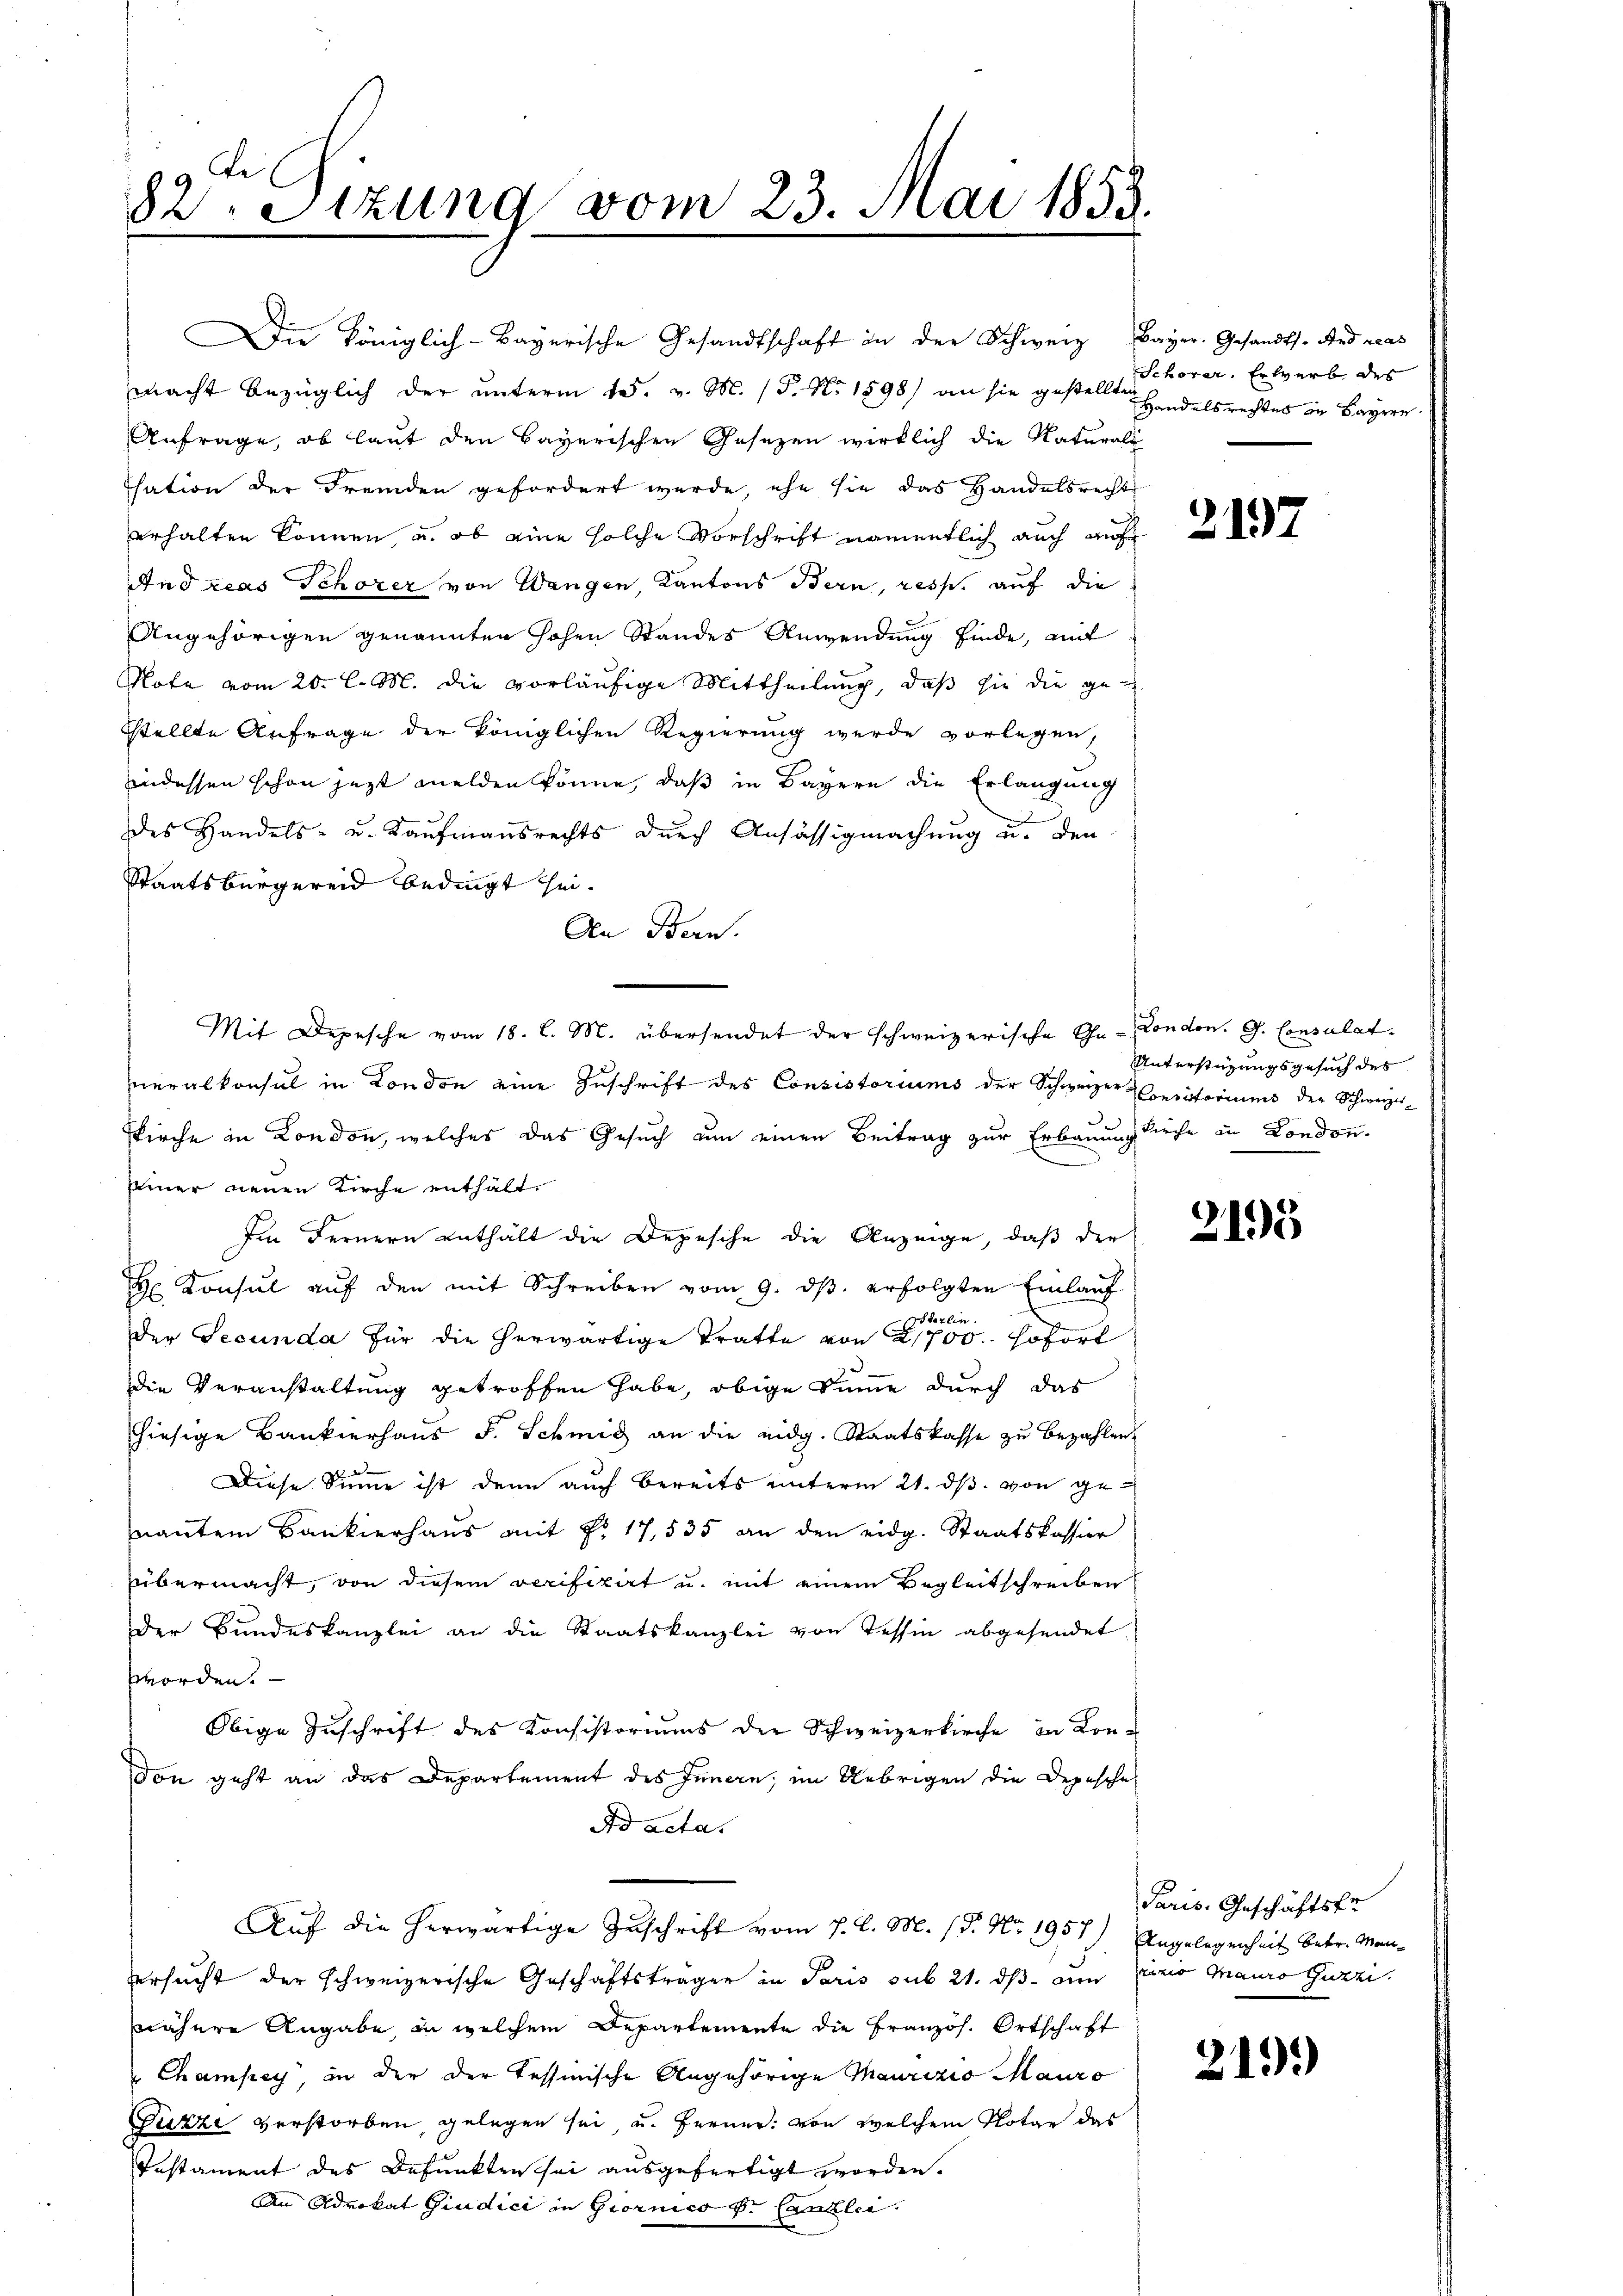
82. Sitzung vom 23. Mai 1853.

macht bezüglich der unterm 15. v. M. 15. No. 1898) an sie gestellt. Vorar. Erwerbe des
Anfrage, ob laut den Bayerischen Gesezen wirklich die Naturali
sation der Fremden gefordert werde, ehe sie das Handelsrecht
erhalten können, u. ob eine solche Vorschrift namentlich auch auf
Andreas Schorer von Wangen, Kantons Bern, resp. auf die
Angehörigen genannten hohen Standes Anwendung finde, mit
Note vom 20. l. M. die vorläufige Mittheilung, daß sie die gesstellte Anfrage der königlichen Regierung wurde vorlegen,
indessen schon jezt melden könne, daß in Bayern die Erlangung
des Handels- u. Kaufmannsrechts durch Ansässigmachung u. den
Staatsbürgereid bedingt sei.
An Bern.
Mit Depesche vom 18. l. M. übersendet der schweizerische Ga- London. G. Consulat
neralkonsul in London eine Zuschrift des Consistoriums der Schweizer Cousitoriums der Schweize¬
Kirche in London, welches das Gesuch an einen Beitrag zur Erbauung Kirche in London-
Einer neuen Kirche enthält.
Im Fernern enthält die Depesche die Anzeige, daß der
H Konsul aŭf den mit Schreiben vom 9. dβ. erfolgten Einlauf
der Secunda für die herwärtige Tratte von 700. sofort
Die Veranstaltung getroffen habe, obige Summe durch das
hiesige Bankierhaus F. Schmid an die eidg. Staatskasse zu bezahlen.
Diese Sinne ist denn auch bereits unterm 21. ds. von genaṅten Bankierhaŭs mit Nr. 17,535 an den eidg. Staatskassier
übermacht, von diesem verifizirt u. mit einem Begleitschreiben
Der Bundeskanzlei an die Staatskanzlei von Tessin abgesendet.
worden.
Obige Zuschrift des Konsistoriums der Schweizerkirche in Kon-
don geht an das Departement des Innern, im Uebrigen die Depesche
Ad acta.
Auf die herwärtige Zuschrift vom 7. d. M. (S. Nr. 1957) Angelegenheit betr. Manversucht der schweizerische Geschäftsträgen in Paris sub 21. ds am recio Mauro Gizzi
nähere Angabe, in welchem Departemente die Französ. Ortschaft
Champey, in der der Tessinische Angehörige Maurizio Mauro
Puzzi verstorben, gelegen sei u. ferner von welchem Notar das
Instament des Befunkterschei ausgefertigt worden.
An Advokat Giudici in Giornico p. Canzlei.

Die Königlich-Bayerische Gesandtschaft an der Schweiz, Bayer. Gesandts. Andreas

Hand als rechtes in Bayern

2197

Unterstützungsgesuch des

215

Paris. Geschäftsfr

21.)